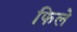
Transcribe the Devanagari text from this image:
फिले